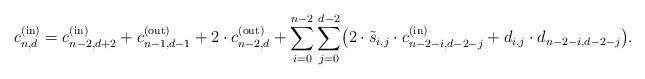
LaTeX: \begin{align*}c^{\rm (in)}_{n,d} = c^{\rm (in)}_{n-2,d+2} + c^{\rm (out)}_{n-1,d-1} + 2 \cdot c^{\rm (out)}_{n-2,d} + \sum\limits_{i=0}^{n-2}\sum\limits_{j=0}^{d-2} \bigl (2 \cdot \tilde{s}_{i,j}\cdot c^{\rm (in)}_{n-2-i,d-2-j} + d_{i,j}\cdot d_{n-2-i,d-2-j} \bigr ).\end{align*}